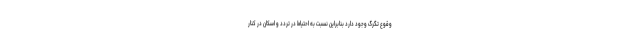
وقوع تگرگ وجود دارد بنابراین نسبت به احتیاط در تردد و اسکان در کنار